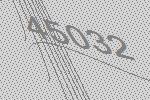
45032